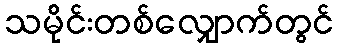
သမိုင်းတစ်လျှောက်တွင်